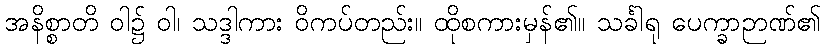
အနိစ္စာတိ ဝါ၌ ဝါ၊ သဒ္ဒါကား ဝိကပ်တည်း။ ထိုစကားမှန်၏။ သင်္ခါရု ပေက္ခာဉာဏ်၏